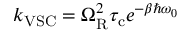
k _ { \mathrm { V S C } } = \Omega _ { \mathrm { R } } ^ { 2 } \tau _ { \mathrm { c } } e ^ { - \beta \hbar \omega _ { 0 } }